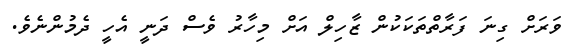
ވަރަށް ގިނަ ފަރާތްތަކަކުން ޒާހިލް އަށް މިހާރު ވެސް ދަނީ އެހީ ދެމުންނެވެ.